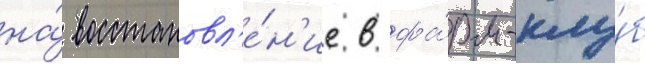
на́ восстановл'е́н'ие в фа́рм-клу́б